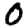
Digit: 0